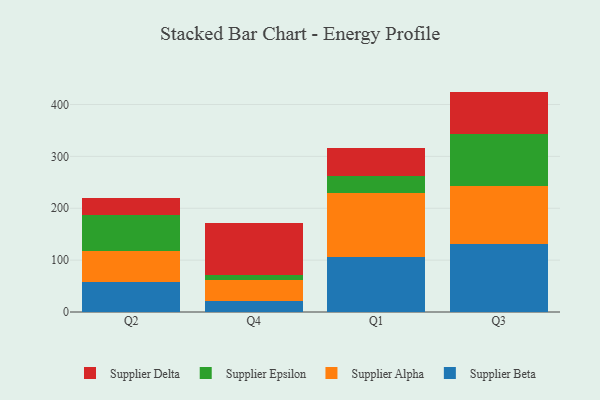
{"axis": {"x": "Quarter", "y": "Tickets Resolved"}, "legend": ["Supplier Alpha", "Supplier Beta", "Supplier Delta", "Supplier Epsilon"], "data": [{"x": "Q2", "y": 58.2, "type": "Supplier Beta"}, {"x": "Q2", "y": 59.0, "type": "Supplier Alpha"}, {"x": "Q2", "y": 70.5, "type": "Supplier Epsilon"}, {"x": "Q2", "y": 31.9, "type": "Supplier Delta"}, {"x": "Q4", "y": 21.0, "type": "Supplier Beta"}, {"x": "Q4", "y": 41.0, "type": "Supplier Alpha"}, {"x": "Q4", "y": 8.8, "type": "Supplier Epsilon"}, {"x": "Q4", "y": 100.9, "type": "Supplier Delta"}, {"x": "Q1", "y": 105.8, "type": "Supplier Beta"}, {"x": "Q1", "y": 124.5, "type": "Supplier Alpha"}, {"x": "Q1", "y": 32.7, "type": "Supplier Epsilon"}, {"x": "Q1", "y": 53.4, "type": "Supplier Delta"}, {"x": "Q3", "y": 130.7, "type": "Supplier Beta"}, {"x": "Q3", "y": 112.9, "type": "Supplier Alpha"}, {"x": "Q3", "y": 99.0, "type": "Supplier Epsilon"}, {"x": "Q3", "y": 82.3, "type": "Supplier Delta"}]}